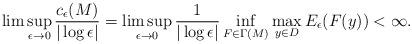
LaTeX: \begin{align*}\lim\sup_{\epsilon\to 0}\frac{c_{\epsilon}(M)}{|\log\epsilon|}=\limsup_{\epsilon\to 0}\frac{1}{|\log\epsilon|}\inf_{F\in \Gamma(M)}\max_{y\in D}E_{\epsilon}(F(y))<\infty.\end{align*}